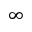
\infty